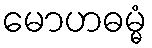
မောဟဓမ္မံ